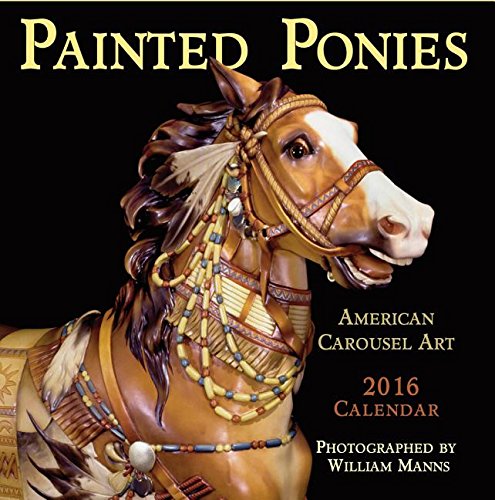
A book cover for Painted Ponies: 2016 Calendar; William L. Manns; Calendars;